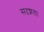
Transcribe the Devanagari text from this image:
सदृशता।